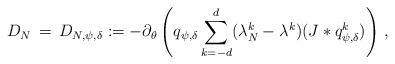
LaTeX: \begin{align*}D_{ N}\, =\, D_{ N, \psi, \delta}:= -\partial_{ \theta} \left(q_{ \psi, \delta}\sum_{k=-d}^d (\lambda_{ N}^k-\lambda^k) (J*q^k_{ \psi, \delta})\right) \, ,\end{align*}